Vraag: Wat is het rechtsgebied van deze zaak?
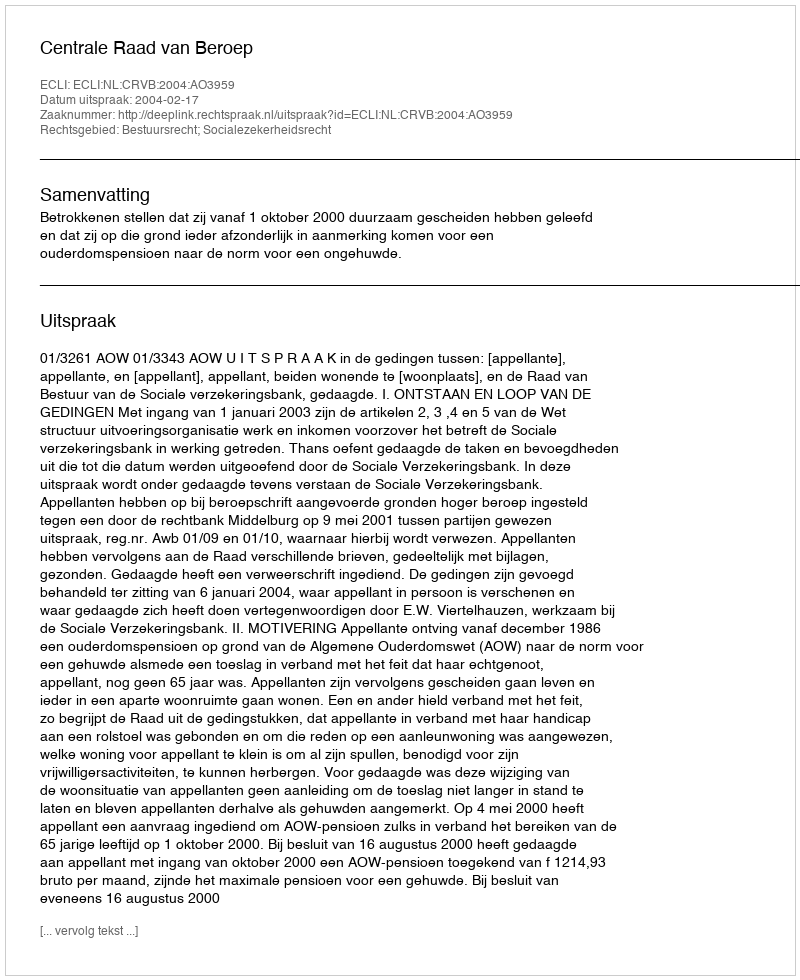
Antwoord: Bestuursrecht; Socialezekerheidsrecht